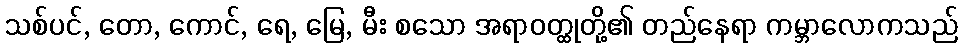
သစ်ပင်, တော, ကောင်, ရေ, မြေ, မီး စသော အရာဝတ္ထုတို့၏ တည်နေရာ ကမ္ဘာလောကသည်